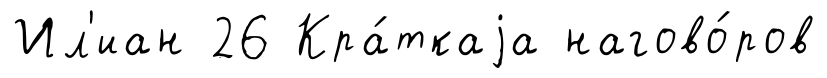
Ил'иан 26 Кра́ткаjа нагово́ров